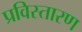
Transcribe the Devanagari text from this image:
प्रविस्तारण